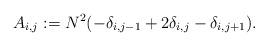
LaTeX: \begin{align*}A_{i,j} := N^2(-\delta_{i,j-1} + 2\delta_{i,j} - \delta_{i,j+1}).\end{align*}